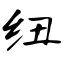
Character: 纽